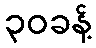
၃၀ခန့်